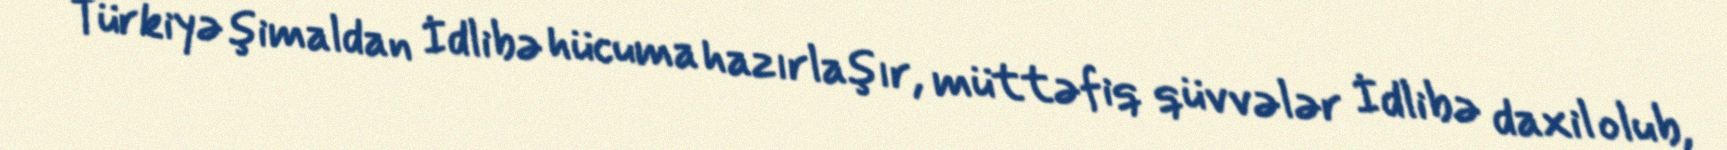
Türkiyə şimaldan İdlibə hücuma hazırlaşır, müttəfiq qüvvələr İdlibə daxil olub,